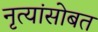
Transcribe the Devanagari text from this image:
नृत्यांसोबत